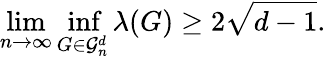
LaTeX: \operatorname*{lim}_{n\to\infty}\operatorname*{inf}_{G\in{\mathcal{G}}_{n}^{d}}\lambda(G)\geq 2{\sqrt{d-1}}.